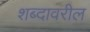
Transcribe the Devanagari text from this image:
शब्दावरील